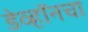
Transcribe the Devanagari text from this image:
डेव्हॉनचा